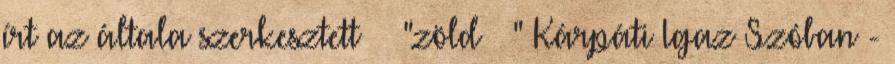
írt az általa szerkesztett "zöld " Kárpáti Igaz Szóban -